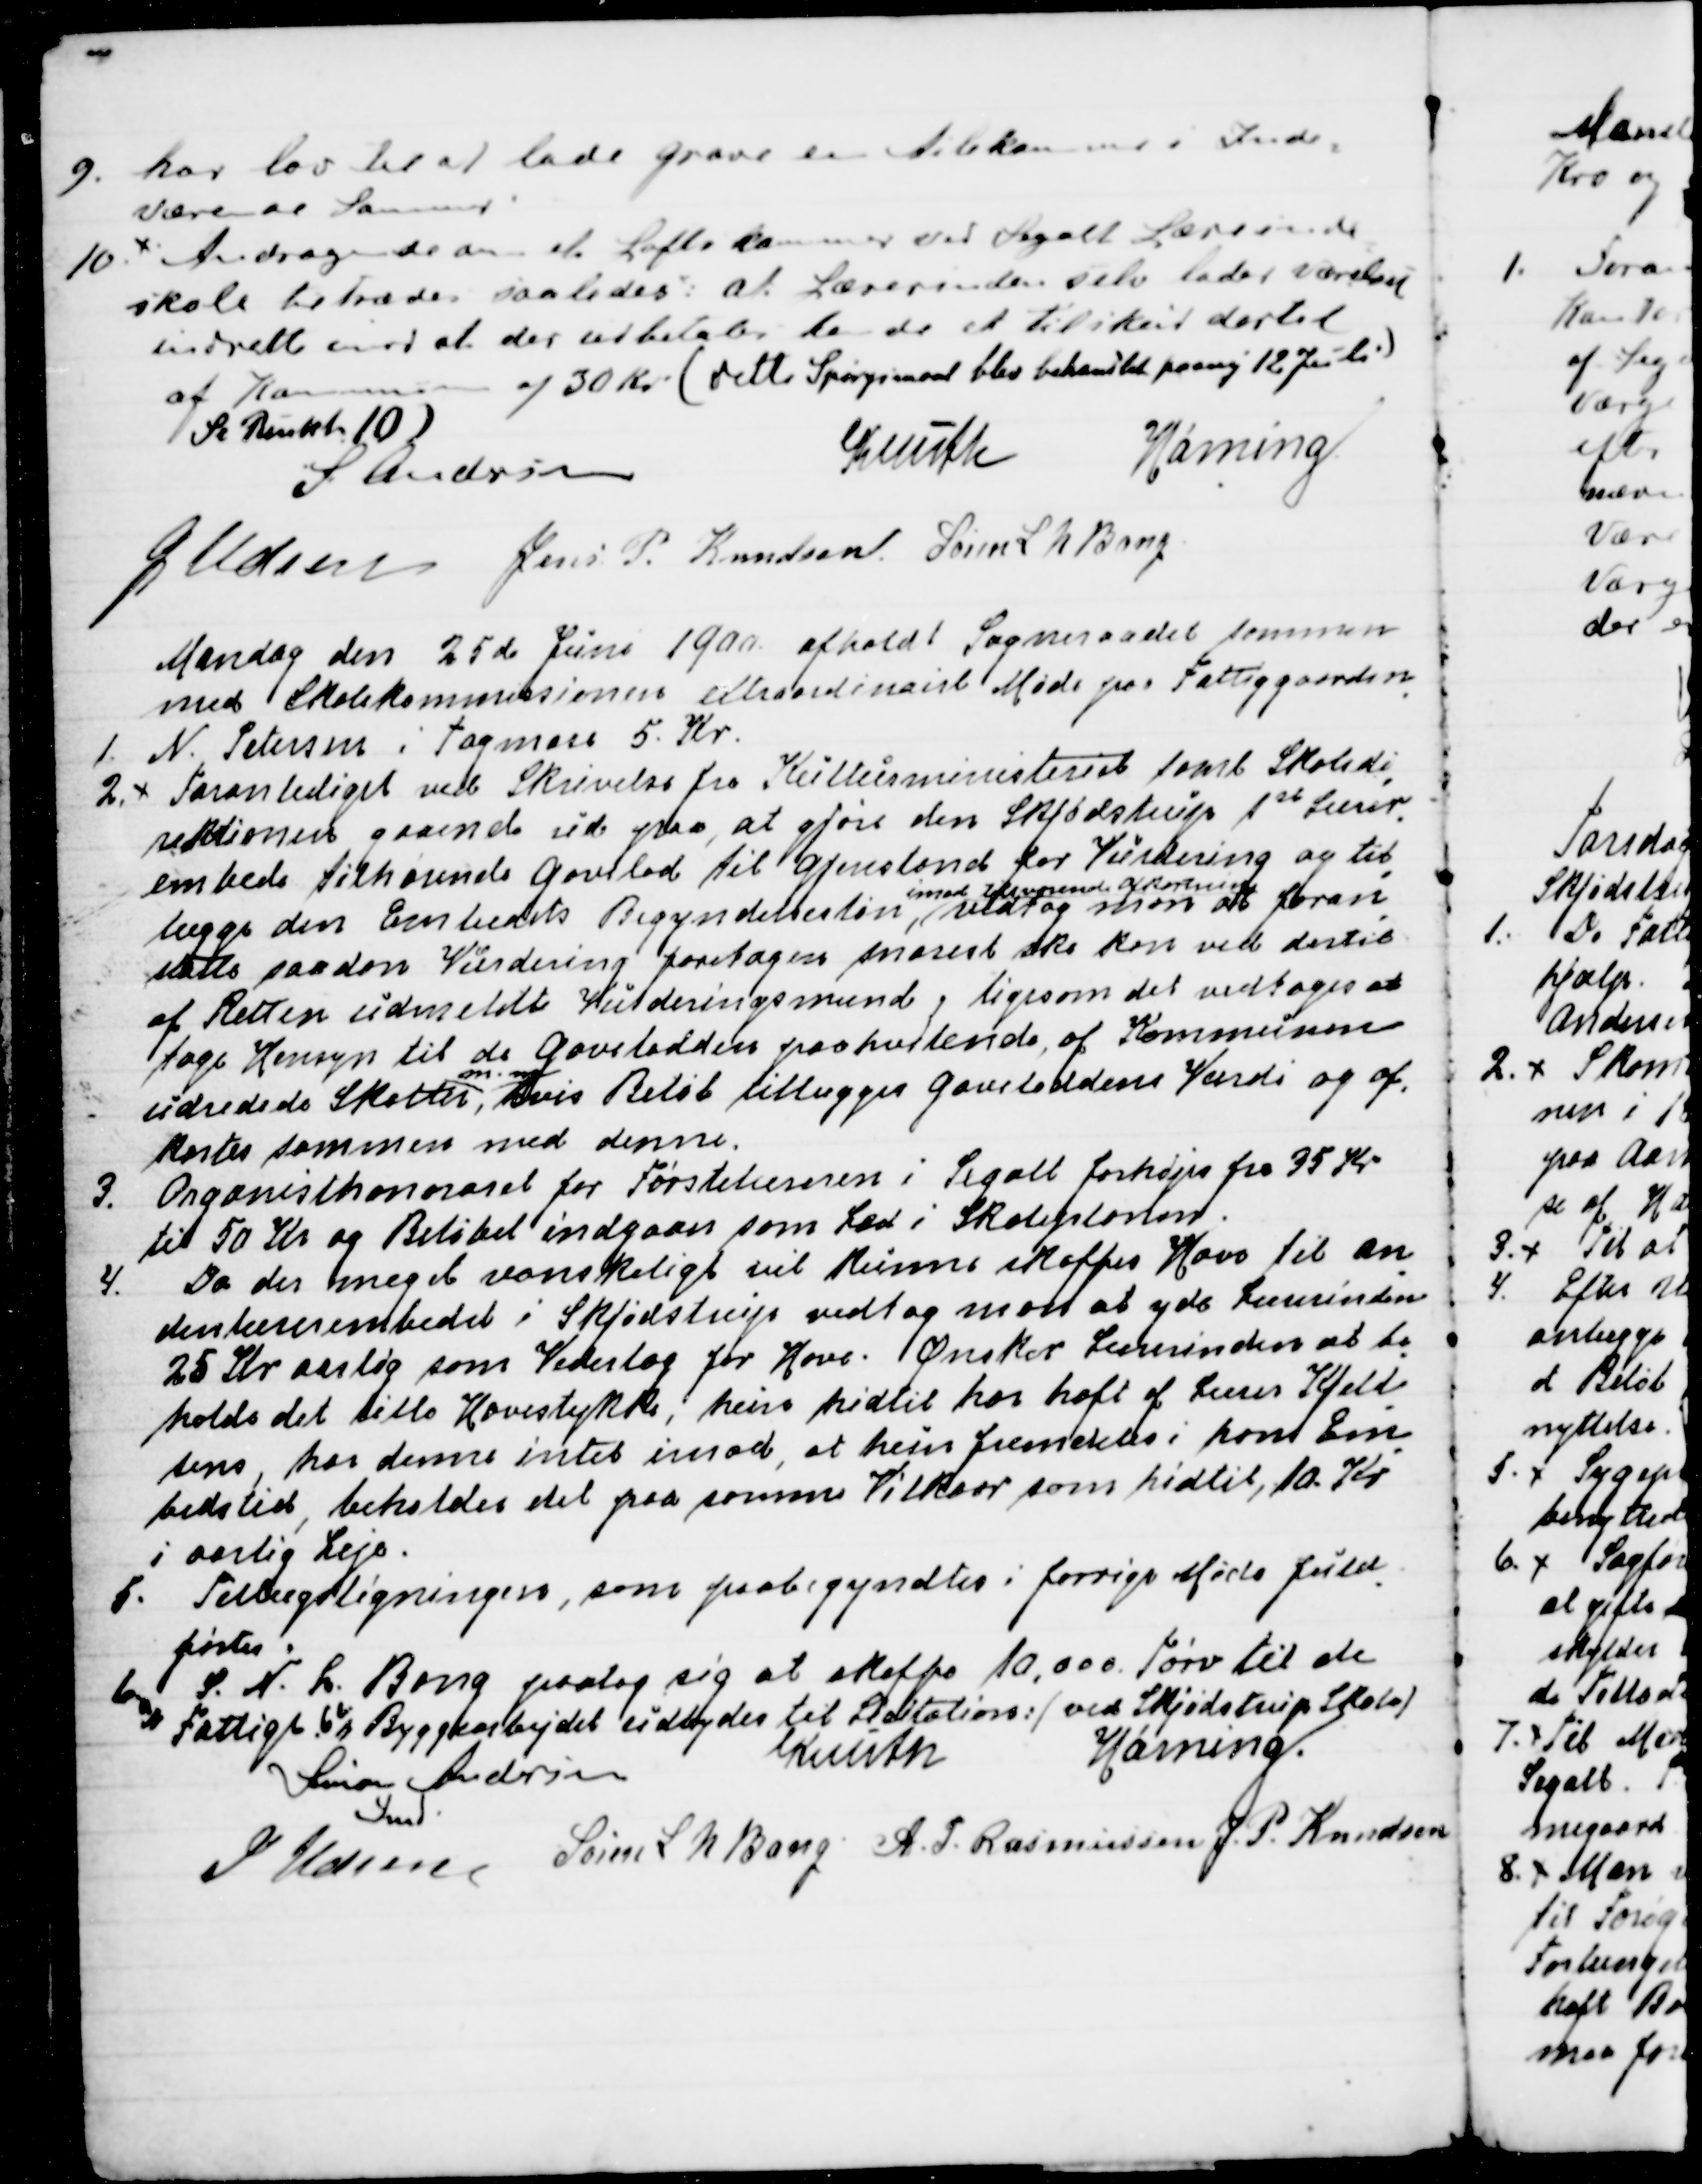
Transskription:
9. har lov til at lade Grave en Ailekammer i Inde
=
værende Sommer.
10. Andragende om et Loftkammer ved Segalt Lærerinde
=
skole betrædes saaledes, at Lærerinden selv lader værelset
indrette imod at der udbetales hende et Tilskud dertil
af Kommunen af 30 Kr (dette Spørgsmaal blev behandlet paany 12 Juli)
Se Punkt 10)
S. Andersen
Knuth
Hørning.
J Udsen
Jens P. Knudsen.
Søren L N Bang

Mandag den 25de Juni 1900 afholdt Sogneraadet sammen
med Skolekommissionen extraordinairt Møde paa Fattiggaarden.
1. N. Petersen i Tagmose 5. Kr. 
2. Foranlediget ved Skrivelse fra Kulturministeriet samt Skoledi
=
rektionen gaaende ud paa, at gjøre den Skjødstrup 1st Lærer
=
embeds tilhørende Gavelod til Gjenstand for Vurdering og til
=
lægge den Embedets Begyndelsesløn, 
imod tilsvarende Afkortning
vedtog man at foran
=
stalte saadan Vurdering foretages snarest ske kan med dertil
af Retten udmeldte Vurderingsmænd, ligesom det vedtoges at
tage Hensyn til de Gavelodden paahvilende, af Kommunen
udredede Skatter, 
m.m.
hvis Beløb tillægges Gaveloddens Værdi og af
=
kortes sammen med denne.
3. Organisthonoraret for Førstelæreren i Segalt forhøjes fra 35 Kr
til 50 Kr. og Beløbet indgaar som Led i Skoleplanen.
4. Da der meget vanskeligt vil kunne skaffes Have til an
=
denlærerembedet i Skjødstrup vedtog man at yde Lærerinden
25 Kr aarlig som Vederlag for Have. Ønsker Lærerinden at be
=
holde det lille Havestykke, hun hidtil har haft af Lærer Kjeld
=
sens, har denne intet imod, at hun fremdeles i hans Em
=
bedstid, beholder det paa samme Vilkaar, som hidtil, 10. Kr
i aarlig Leje.
5.  Tillægsligningen som paabegyndtes i forrige Møde fuld
=
førtes.
6. S. N. L. Bang paatog sig at skaffe 10,000 Tørv til de
"Fattige. 6"  Byggearbejdet udbydes til Licitation: (ved Skjødstrup Skole)
Simon Andersen
Fmd.
Knuth
Hørning.
J Udsen
Søren L N Bang
A. P. Rasmussen
J. P. Knudsen